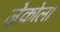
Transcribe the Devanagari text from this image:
ज़ेकोला